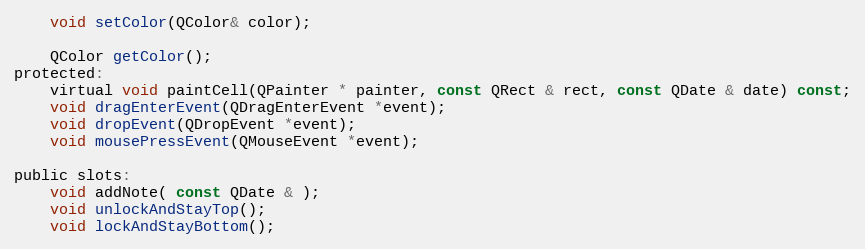
Language: C
    void setColor(QColor& color);

    QColor getColor();
protected:
    virtual void paintCell(QPainter * painter, const QRect & rect, const QDate & date) const;
    void dragEnterEvent(QDragEnterEvent *event);
    void dropEvent(QDropEvent *event);
    void mousePressEvent(QMouseEvent *event);

public slots:
    void addNote( const QDate & );
    void unlockAndStayTop();
    void lockAndStayBottom();